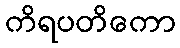
ကိရပတိကော